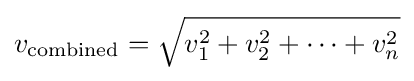
v_{\mathrm {combined} }={\sqrt {v_{1}^{2}+v_{2}^{2}+\cdots +v_{n}^{2}}}